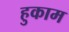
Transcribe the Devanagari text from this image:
हुकाम